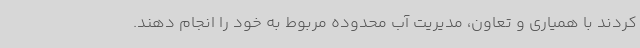
کردند با همیاری و تعاون، مدیریت آب محدوده مربوط به خود را انجام دهند.